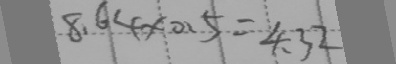
8 . 6 4 \times 0 . 5 = 4 . 3 2